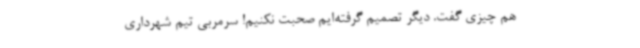
هم چیزی گفت. دیگر تصمیم گرفته‌ایم صحبت نکنیم! سرمربی تیم شهرداری